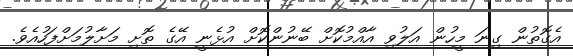
އެގޮތުން ގިނަ މީހުން އަލުވި އާއްމުކޮށް ބޭނުންކޮށް އުޅެނީ އޭގެ ތޮށި މަށާލުމަށްފަހުއެވެ.